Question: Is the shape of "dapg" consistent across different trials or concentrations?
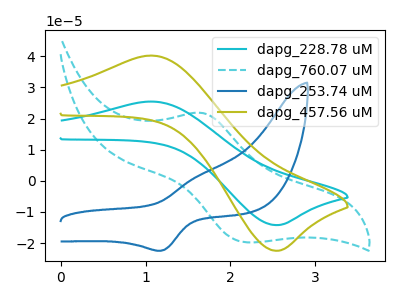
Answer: <think>The cyan curve "dapg_228.78 uM" has an anodic peak at (1.05V, 25.45uA) and a cathodic peak at (2.55V, -14.20uA). The cyan dashed curve "dapg_760.07 uM" has an anodic peak at (1.65V, 21.80uA) and a cathodic peak at (2.20V, -19.75uA). The blue curve "dapg_253.74 uM" has an anodic peak at (1.60V, 1.50uA) and a cathodic peak at (1.20V, -22.45uA). The olive curve "dapg_457.56 uM" has an anodic peak at (1.05V, 40.20uA) and a cathodic peak at (2.55V, -22.40uA).
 "dapg_228.78 uM" and "dapg_760.07 uM" have at least one peak that do not match. "dapg_228.78 uM" and "dapg_253.74 uM" have at least one peak that do not match. All the peaks in "dapg_228.78 uM" have a peak in "dapg_457.56 uM" at the same potential. Every peak in "dapg_228.78 uM" is lower than every peak in "dapg_457.56 uM". "dapg_760.07 uM" and "dapg_253.74 uM" have at least one peak that do not match. "dapg_760.07 uM" and "dapg_457.56 uM" have at least one peak that do not match. "dapg_253.74 uM" and "dapg_457.56 uM" have at least one peak that do not match.</think>
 <answer>All the CV's of "dapg" have similar shape.</answer>
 <eval>follow_rule</eval>